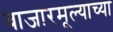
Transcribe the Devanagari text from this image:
बाजारमूल्याच्या